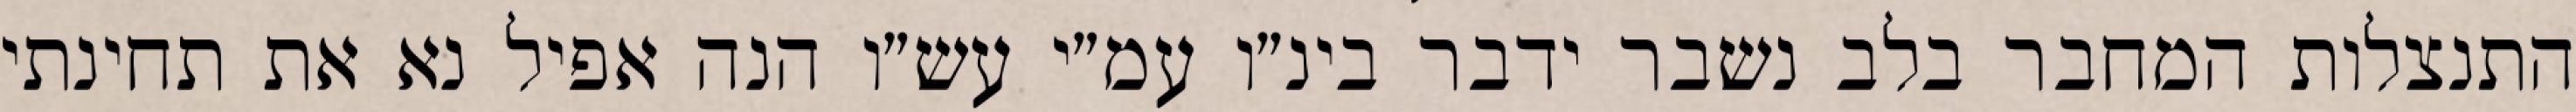
התנצלות המחבר בלב נשבר ידבר בינ״ו עמ״י עש״ו הנה אפיל נא את תחינתי